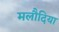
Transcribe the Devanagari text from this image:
मलौदिया